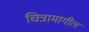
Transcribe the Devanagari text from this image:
चित्रामागील